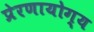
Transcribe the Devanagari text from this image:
प्रेरणायोग्य